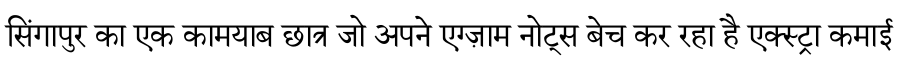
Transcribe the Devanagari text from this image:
सिंगापुर का एक कामयाब छात्र जो अपने एग्ज़ाम नोट्स बेच कर रहा है एक्स्ट्रा कमाई